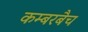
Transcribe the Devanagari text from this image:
कम्बरबैच